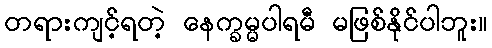
တရားကျင့်ရတဲ့ နေက္ခမ္မပါရမီ မဖြစ်နိုင်ပါဘူး။